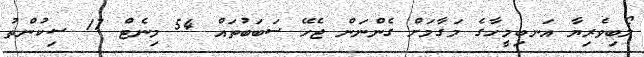
ލޯބިވެރިޔާ އަނބިމީހާގެ މަގާމަށް ގެންނަން ޖެހޭ ސަބަބުތައް 54 މިނެޓް 17 ސިކުންތު